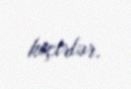
keçirlər.